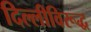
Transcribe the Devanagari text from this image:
दिल्लीविरूद्ध